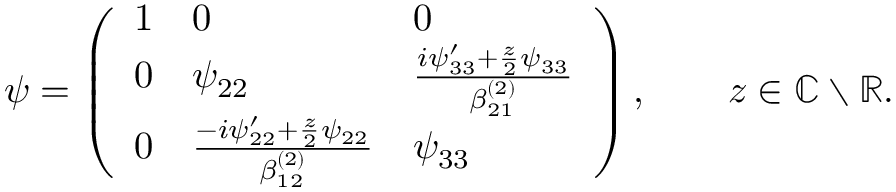
\begin{array} { r } { \psi = \left( \begin{array} { l l l } { 1 } & { 0 } & { 0 } \\ { 0 } & { \psi _ { 2 2 } } & { \frac { i \psi _ { 3 3 } ^ { \prime } + \frac { z } { 2 } \psi _ { 3 3 } } { \beta _ { 2 1 } ^ { ( 2 ) } } } \\ { 0 } & { \frac { - i \psi _ { 2 2 } ^ { \prime } + \frac { z } { 2 } \psi _ { 2 2 } } { \beta _ { 1 2 } ^ { ( 2 ) } } } & { \psi _ { 3 3 } } \end{array} \right) , \qquad z \in { \mathbb C } \setminus { \mathbb R } . } \end{array}